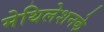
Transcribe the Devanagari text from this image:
मेथिलेशनके